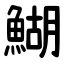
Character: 鰗